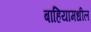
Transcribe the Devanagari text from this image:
बाहियामधील